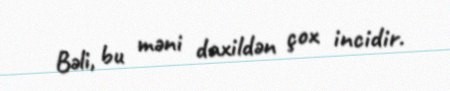
Bəli, bu məni daxildən çox incidir.